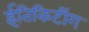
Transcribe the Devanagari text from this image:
ईतिकिटींग